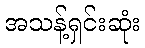
အသန့်ရှင်းဆုံး